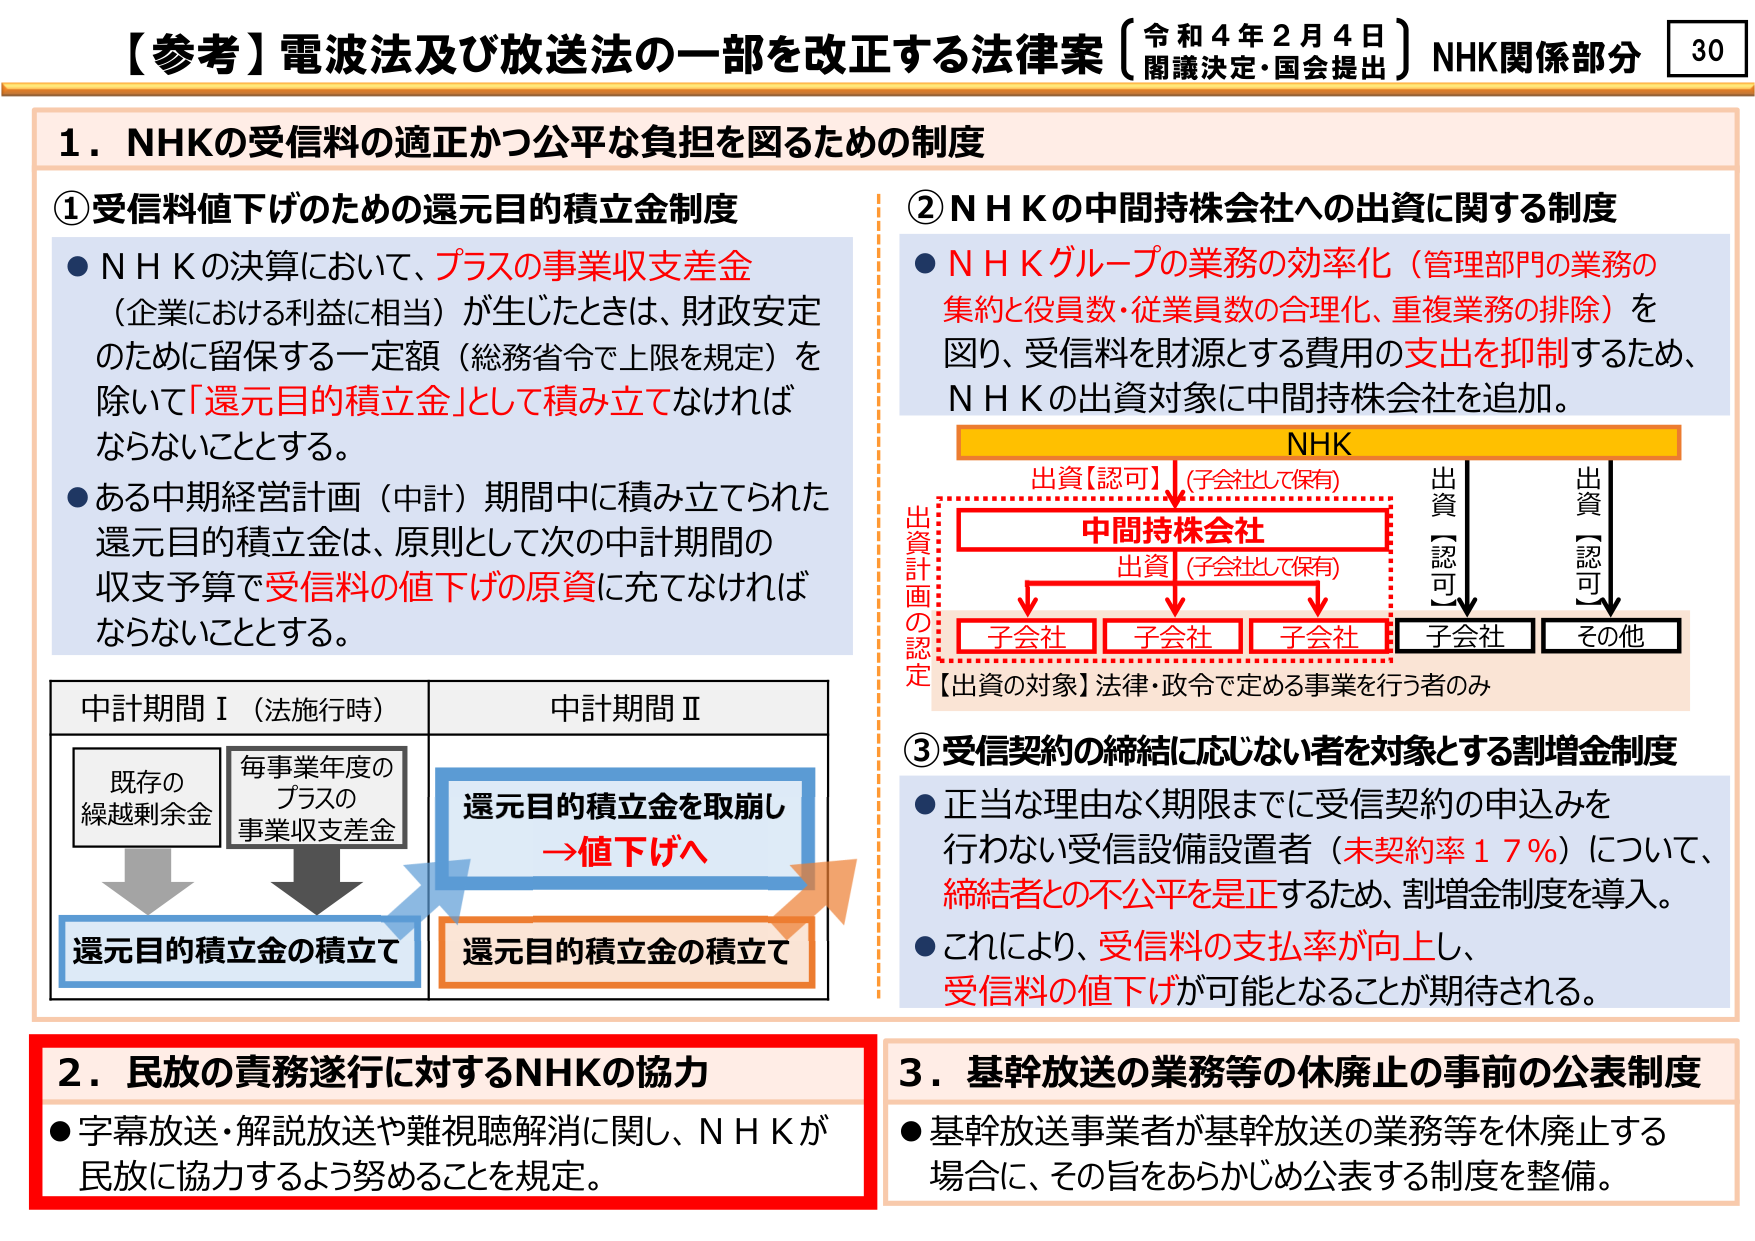
【参考】電波法及び放送法の一部を改正する法律案（令和４年２月４日 閣議決定・国会提出）NHK関係部分 30

１．NHKの受信料の適正かつ公平な負担を図るための制度

①受信料値下げのための還元目的積立金制度
●NHKの決算において、プラスの事業収支差金（企業における利益に相当）が生じたときは、財政安定のために留保する一定額（総務省令で上限を規定）を除いて「還元目的積立金」として積み立てなければならないこととする。
●ある中期経営計画（中計）期間中に積み立てられた還元目的積立金は、原則として次の中計期間の収支予算で受信料の値下げの原資に充てなければならないこととする。

中計期間Ⅰ（法施行時）　　　　　　　中計期間Ⅱ
既存の　　　　　　　　　　　　　　　　還元目的積立金を取崩し
繰越剰余金　　　　　　　　　　　　　　→値下げへ
毎事業年度の　　　　　　　　　　　　　還元目的積立金の積立
プラスの
事業収支差金
↓　　　　　　　　　　　　　　　　　　↓
還元目的積立金の積立　　　　　　　　還元目的積立金の積立

②NHKの中間持株会社への出資に関する制度
●NHKグループの業務の効率化（管理部門の業務の集約と役員数・従業員数の合理化、重複業務の排除）を図り、受信料を財源とする費用の支出を抑制するため、NHKの出資対象に中間持株会社を追加。

NHK
　　　　　　　　　　　　　　　　　　　　出資【認可】（子会社として保有）
　　　　　　　　　　　　　　　　　　　　↓
　　　　　　　　　　　　　　　　　　　　中間持株会社
　　　　　　　　　　　　　　　　　　　　出資（子会社として保有）
　　　　　　　　　　　　　　　　　　　　↓　　　↓　　　↓
　　　　　　　　　　　　　　　　　　　　子会社　子会社　子会社
　　　　　　　　　　　　　　　　　　　　出資【認可】　　　出資【認可】
　　　　　　　　　　　　　　　　　　　　↓　　　　　　　　↓
　　　　　　　　　　　　　　　　　　　　子会社　　　　その他
【出資の対象】法律・政令で定める事業を行う者のみ

③受信契約の締結に応じない者を対象とする割増金制度
●正当な理由なく期限までに受信契約の申込みを行わない受信設備設置者（未契約率17％）について、締結者との不公平を是正するため、割増金制度を導入。
●これにより、受信料の支払率が向上し、受信料の値下げが可能となることが期待される。

２．民放の責務遂行に対するNHKの協力
●字幕放送・解説放送や難視聴解消に関し、NHKが民放に協力するよう努めることを規定。

３．基幹放送の業務等の休廃止の事前の公表制度
●基幹放送事業者が基幹放送の業務等を休廃止する場合に、その旨をあらかじめ公表する制度を整備。